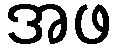
အဖ